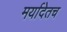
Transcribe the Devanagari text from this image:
मर्यादेतच